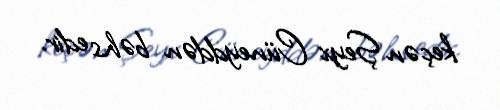
keçən Şeyx Cüneyddən bəhs edir.